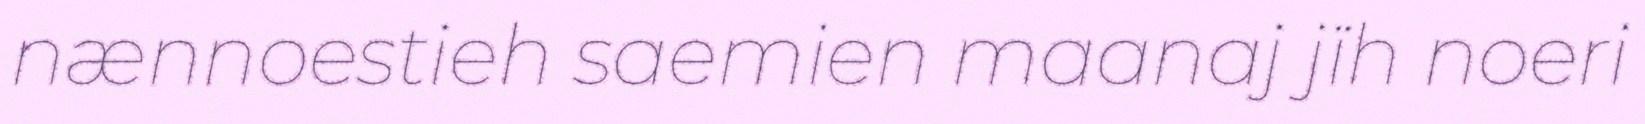
nænnoestieh saemien maanaj jïh noeri